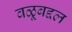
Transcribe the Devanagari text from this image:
वळूबद्दल